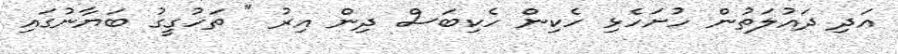
އަދި ދައުލަތުން ހުށަހެޅި ހެކިން ހެކިބަސް ދިން އިރު " ތަހުގީގު ބަޔާނުގައި